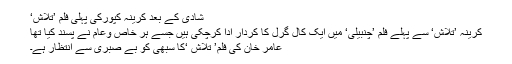
شادی کے بعد کرینہ کپورکی پہلی فلم ’تلاش‘
کرینہ ’تلاش‘ سے پہلے فلم ’چنبیلی‘ میں ایک کال گرل کا کردار ادا کرچکی ہیں جسے ہر خاص وعام نے پسند کیا تھا
عامر خان کی فلم’ تلاش ‘کا سبھی کو بے صبری سے انتظار ہے۔